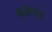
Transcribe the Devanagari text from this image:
कजंगला